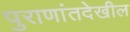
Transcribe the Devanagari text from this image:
पुराणांतदेखील